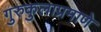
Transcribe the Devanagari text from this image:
गुरुकुलाप्रमाणे